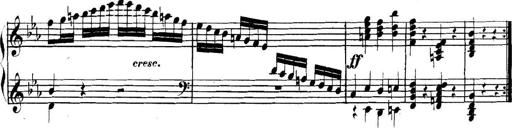
Title: Collected Piano Sonatas
Composer: Muzio Clementi